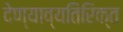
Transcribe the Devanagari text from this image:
देण्याव्यतिरिक्त